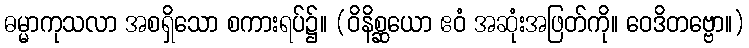
ဓမ္မာကုသလာ အစရှိသော စကားရပ်၌။ (ဝိနိစ္ဆယော ဧဝံ အဆုံးအဖြတ်ကို။ ဝေဒိတဗ္ဗော။)